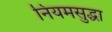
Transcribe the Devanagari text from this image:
नियमसुद्धा